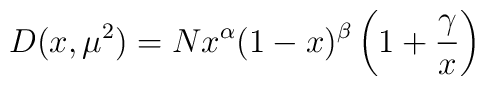
D(x,\mu^2)=Nx^\alpha(1-x)^\beta\left(1+\frac{\gamma}{x}\right)